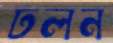
ঢলন